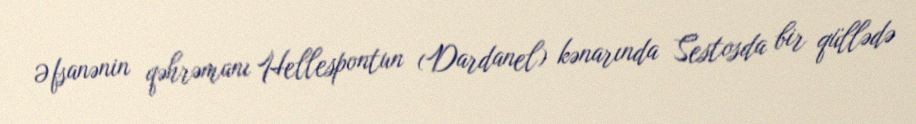
Əfsanənin qəhrəmanı Hellespontun (Dardanel) kənarında Sestosda bir qüllədə